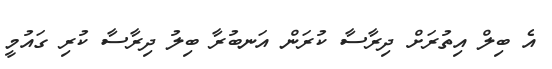
އެ ބިލް އިތުރަށް ދިރާސާ ކުރަން އަނބުރާ ބިލު ދިރާސާ ކުރި ގައުމީ